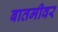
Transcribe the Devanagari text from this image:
बातमीवर